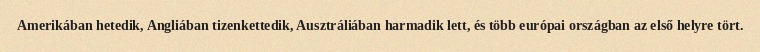
Amerikában hetedik, Angliában tizenkettedik, Ausztráliában harmadik lett, és több európai országban az első helyre tört.